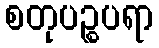
စတုပဉ္စပရာ